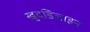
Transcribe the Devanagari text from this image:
खुदडिजाइन